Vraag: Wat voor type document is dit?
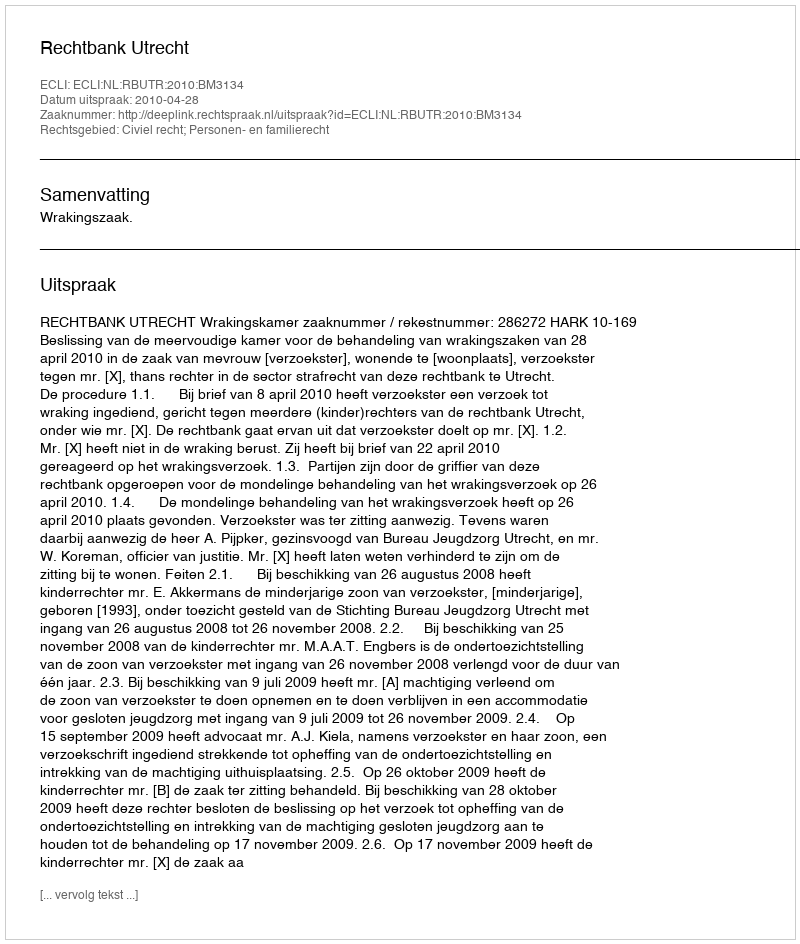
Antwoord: Uitspraak